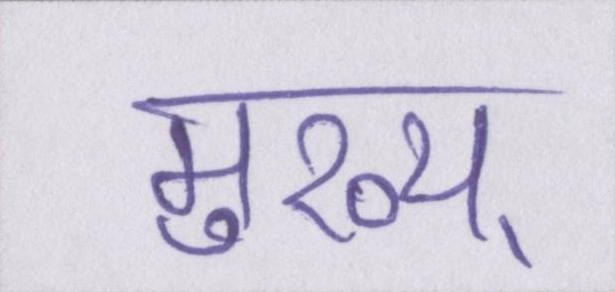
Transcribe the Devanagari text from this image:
मुख्य्